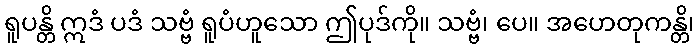
ရူပန္တိ ဣဒံ ပဒံ သဗ္ဗံ ရူပံဟူသော ဤပုဒ်ကို။ သဗ္ဗံ၊ ပေ။ အဟေတုကန္တိ၊